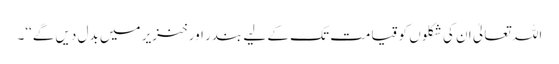
اللہ تعالیٰ ان کی شکلوں کو قیامت تک کے لیے بندر اور خنزیر میں بدل دیں گے‘‘۔